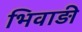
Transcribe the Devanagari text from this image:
भिवाड़ी